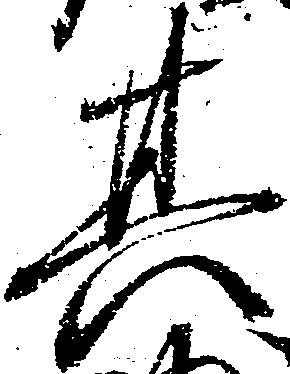
其